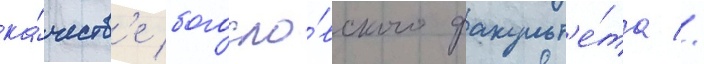
ка́честв'е богосло́вского факульт'е́та //